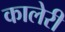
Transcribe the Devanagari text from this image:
कालेरी